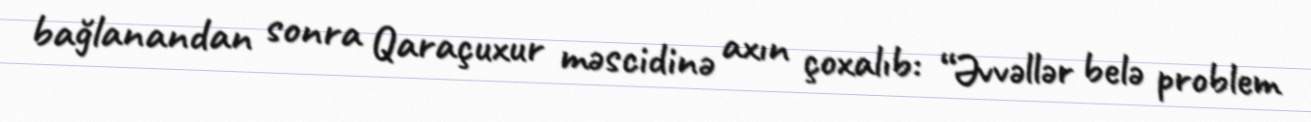
bağlanandan sonra Qaraçuxur məscidinə axın çoxalıb: “Əvvəllər belə problem